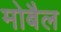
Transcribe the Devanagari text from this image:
मोबैल